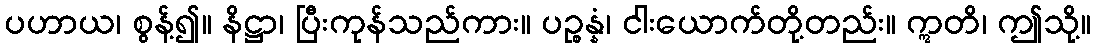
ပဟာယ၊ စွန့်၍။ နိဋ္ဌာ၊ ပြီးကုန်သည်ကား။ ပဉ္စန္နံ၊ ငါးယောက်တို့တည်း။ ဣတိ၊ ဤသို့။